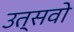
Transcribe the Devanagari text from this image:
उत्सवो